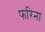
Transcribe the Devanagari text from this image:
फरिना